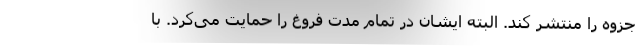
جزوه را منتشر کند. البته ایشان در تمام مدت فروغ را حمایت می‌کرد. با